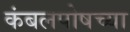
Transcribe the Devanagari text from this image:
कंबलपोषच्या